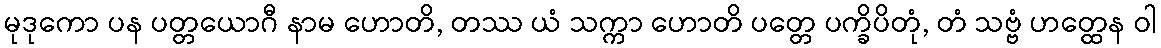
မုဒုကော ပန ပတ္တယောဂီ နာမ ဟောတိ, တဿ ယံ သက္ကာ ဟောတိ ပတ္တေ ပက္ခိပိတုံ, တံ သဗ္ဗံ ဟတ္ထေန ဝါ